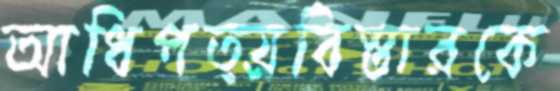
আধিপত্য্রবিস্তারকে